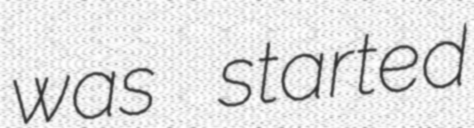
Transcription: was started